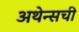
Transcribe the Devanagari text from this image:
अथेन्सची